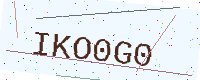
Text: IKO0G0